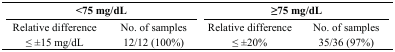
| <COLSPAN=2> <75 mg/dL | <COLSPAN=2> ≥75 mg/dL |
 | --- | --- | --- | --- |
 | Relative difference | No. of samples | Relative difference | No. of samples |
 | ≤ ±15 mg/dL | 12/12 (100%) | ≤ ±20% | 35/36 (97%) |